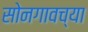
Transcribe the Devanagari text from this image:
सोनगावच्या